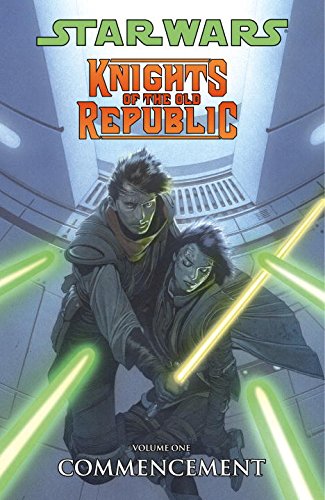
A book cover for Commencement (Star Wars: Knights of the Old Republic, Vol. 1); John Jackson Miller; Teen & Young Adult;